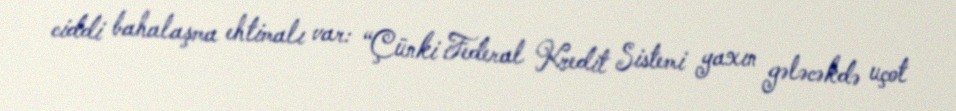
ciddi bahalaşma ehtimalı var: “Çünki Federal Kredit Sistemi yaxın gələcəkdə uçot